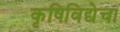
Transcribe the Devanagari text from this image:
कृषिविद्येचा